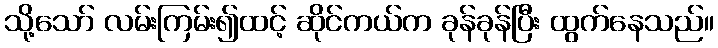
သို့သော် လမ်းကြမ်း၍ထင့် ဆိုင်ကယ်က ခုန်ခုန်ပြီး ထွက်နေသည်။